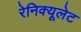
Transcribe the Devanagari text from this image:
रेनिक्यूलेट